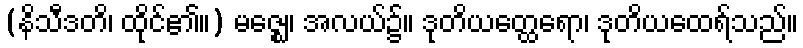
(နိသီဒတိ၊ ထိုင်၏။) မဇ္ဈေ၊ အလယ်၌။ ဒုတိယတ္ထေရော၊ ဒုတိယထေရ်သည်။